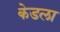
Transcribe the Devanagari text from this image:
केडला